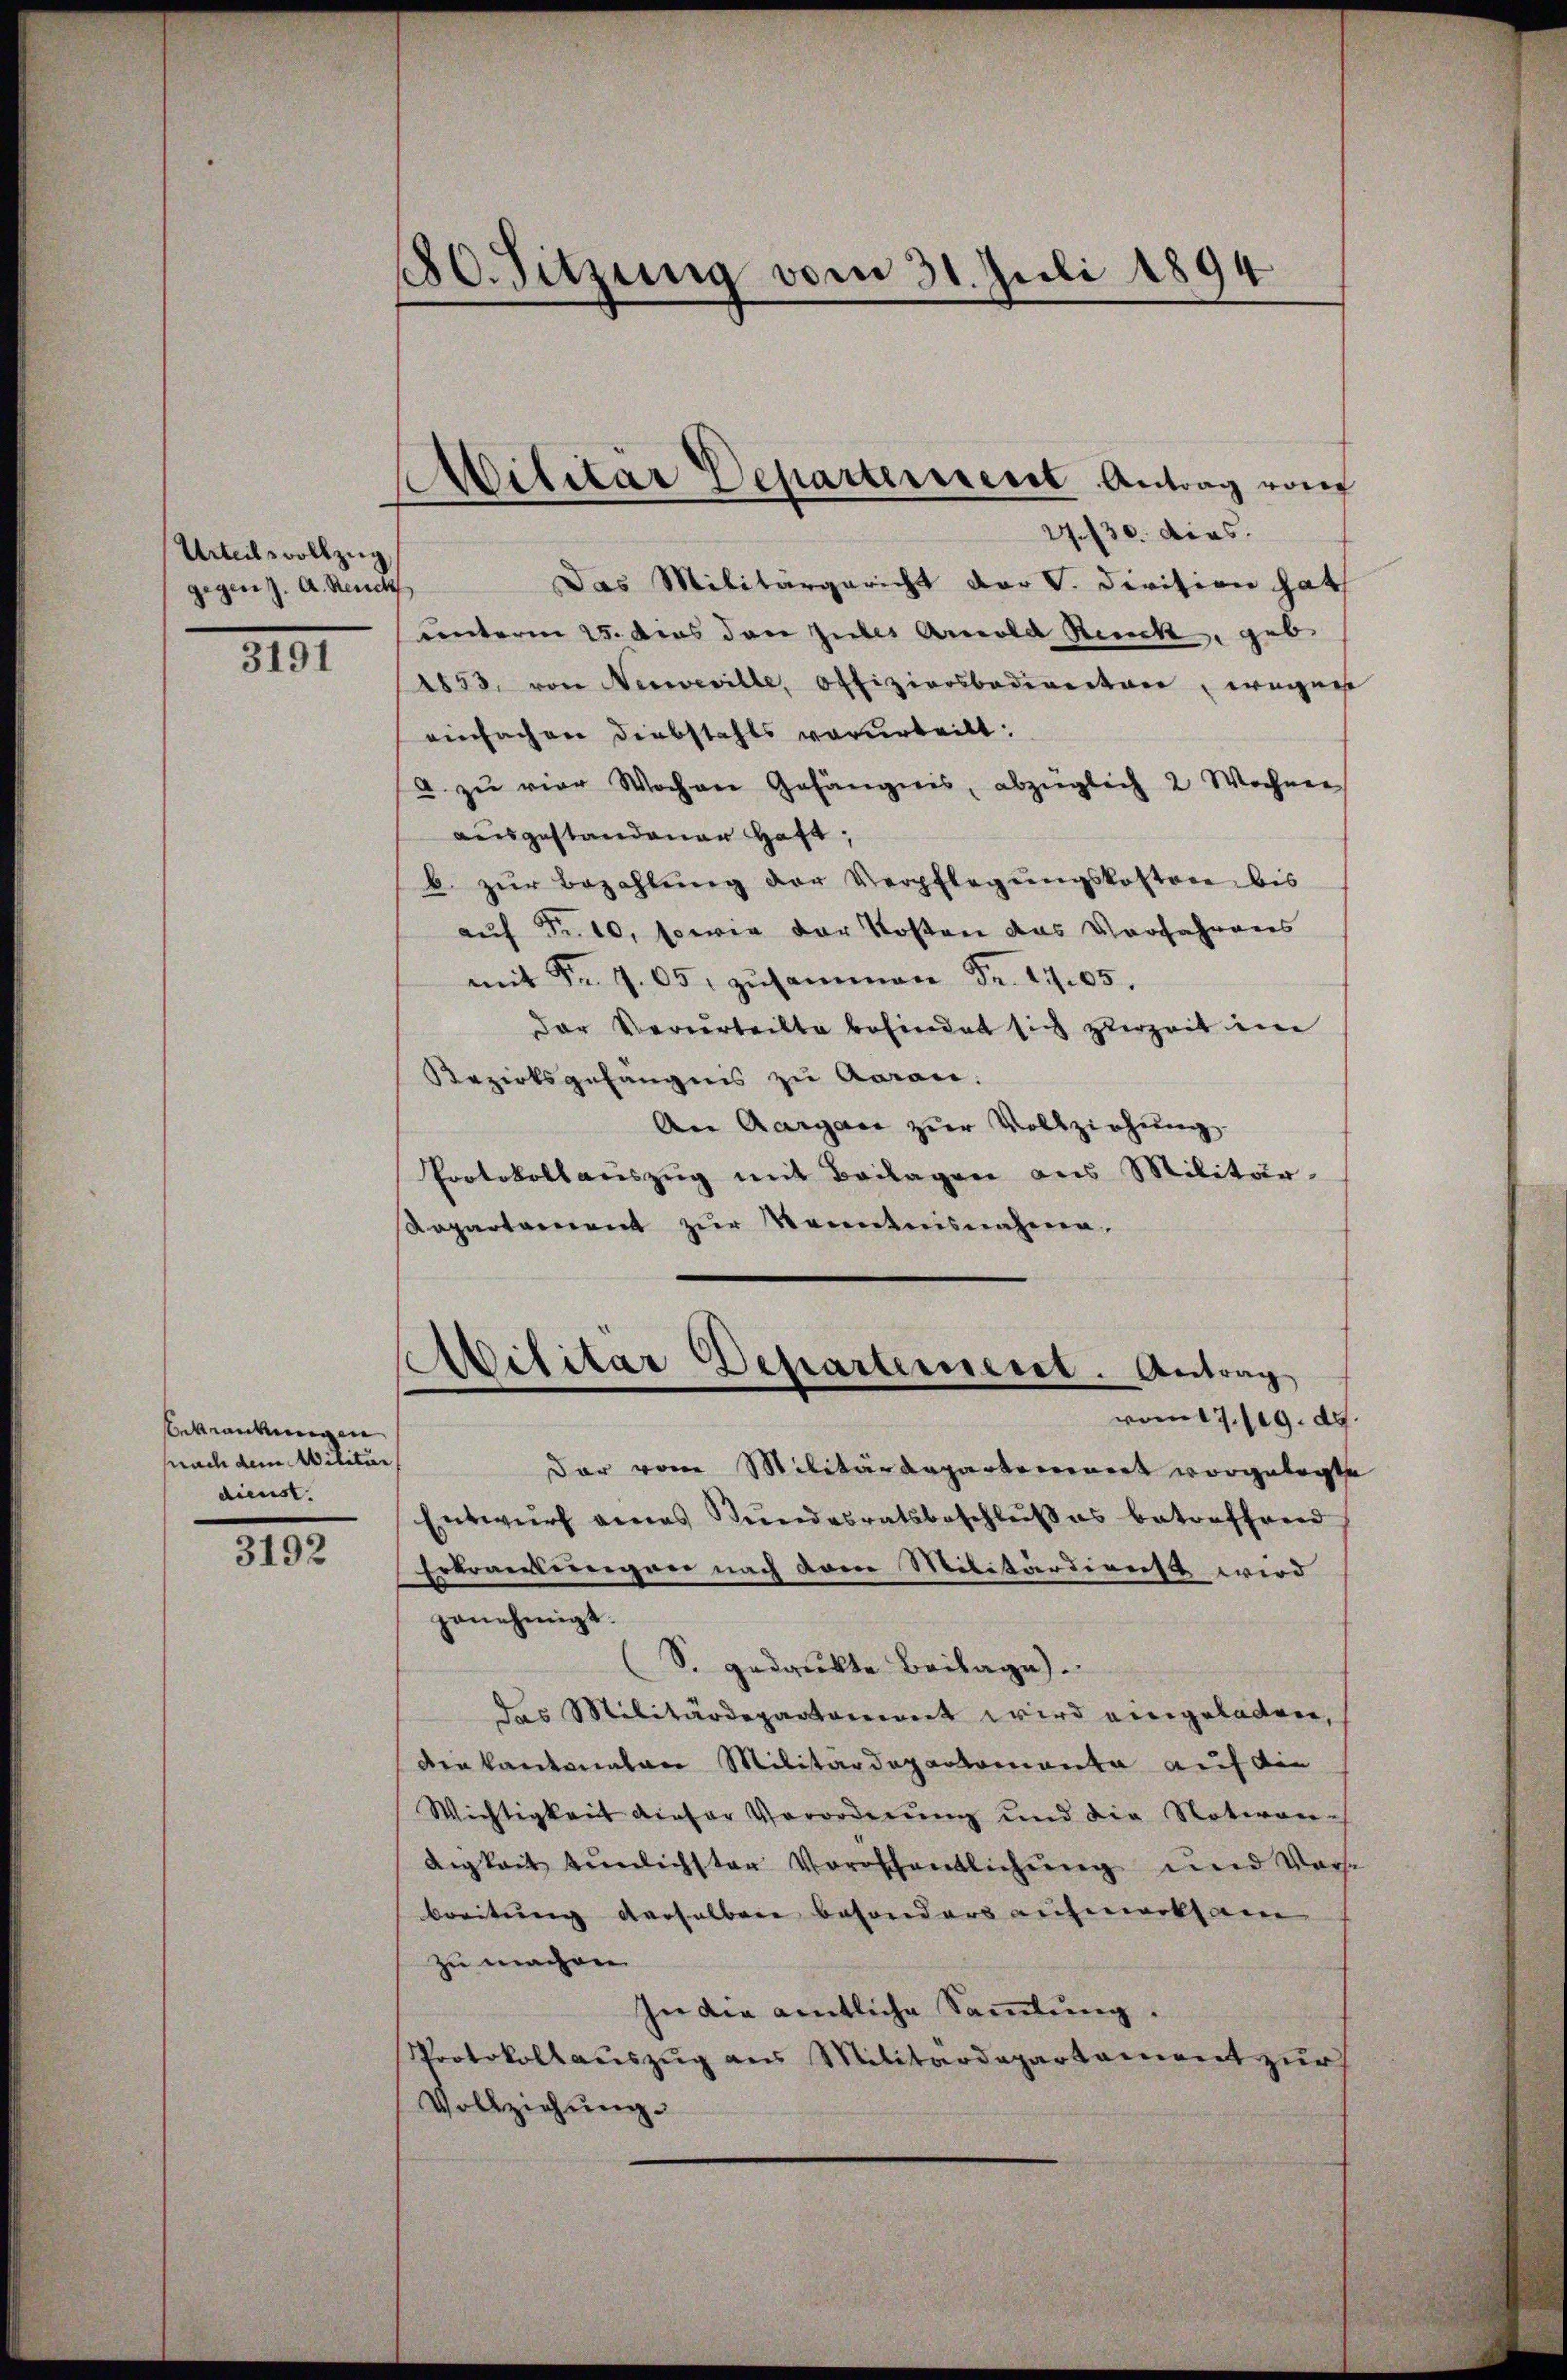
Urteilsvollzug
gegen J. A. Reich

3191

Bekränkungen
pnach dem Militär
dienst.

3192

180. Sitzung vom 31. Juli 1894

Das Militärgericht der V. Division hat
unterm 15. dies den Zieles Arnold Reck, geb.
1853, von Neweville, offiziersbaderentwer, wegene
einfachen Diebstahls verurteilt:
a zu vier Wochen Gefängnis, abzüglich 2 Wochnen
ausgestandenen Haft;
b. zŭr Bezahlŭng der Verpflegŭngskosten bis
auf Fr. 10, sowie der Kosten das Vorfahrens
mit Fr. 705, zusammen Fr. 1705.
Der Verurteilte befindet sich verzeit im
Bezirksgefängnis zu Aarau.
An Aargau zur Vollziehung.
Protokoll aŭszŭg mit Beilagen aus Militär-
Repartement zur Kenntnisnahme.

Militär Departerient Antrag von
27./30. dies.

Militär Departerneret. Antrag
vom 7./19. ds.

dar vom Militärdepartennert vorgelegte
Entwurf eines Stundesratsbeschlußes betreffend
Erkransterregner nach dann Militärdienst wird
genehmigt.
(S. gedrukte Beilage).
das Militärdepartement wird eingeladen,
die kantonalen Militärdepartementa auf die
Wichtigkeit dieser Verordnung und die Notion
digkeit tŭnlichster Voroffentlichŭng und Vorse
breitung derselben besonders aufmerksam
zu machen
In die amtliche Sammlung.
Protokollauszug aus Militärdepartament zur
Vollziehung.